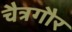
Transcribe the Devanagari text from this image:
चैत्रगौर